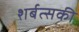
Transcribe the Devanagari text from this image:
शर्बत्सकी